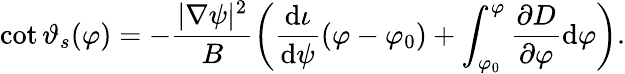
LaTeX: \cot\vartheta_{s}(\varphi)=-\frac{|\nabla\psi|^{2}}{B}\left(\frac{\mathrm{d}\iota}{\mathrm{d}\psi}(\varphi-\varphi_{0})+\int_{\varphi_{0}}^{\varphi}\frac{\partial D}{\partial\varphi}\mathrm{d}\varphi\right).